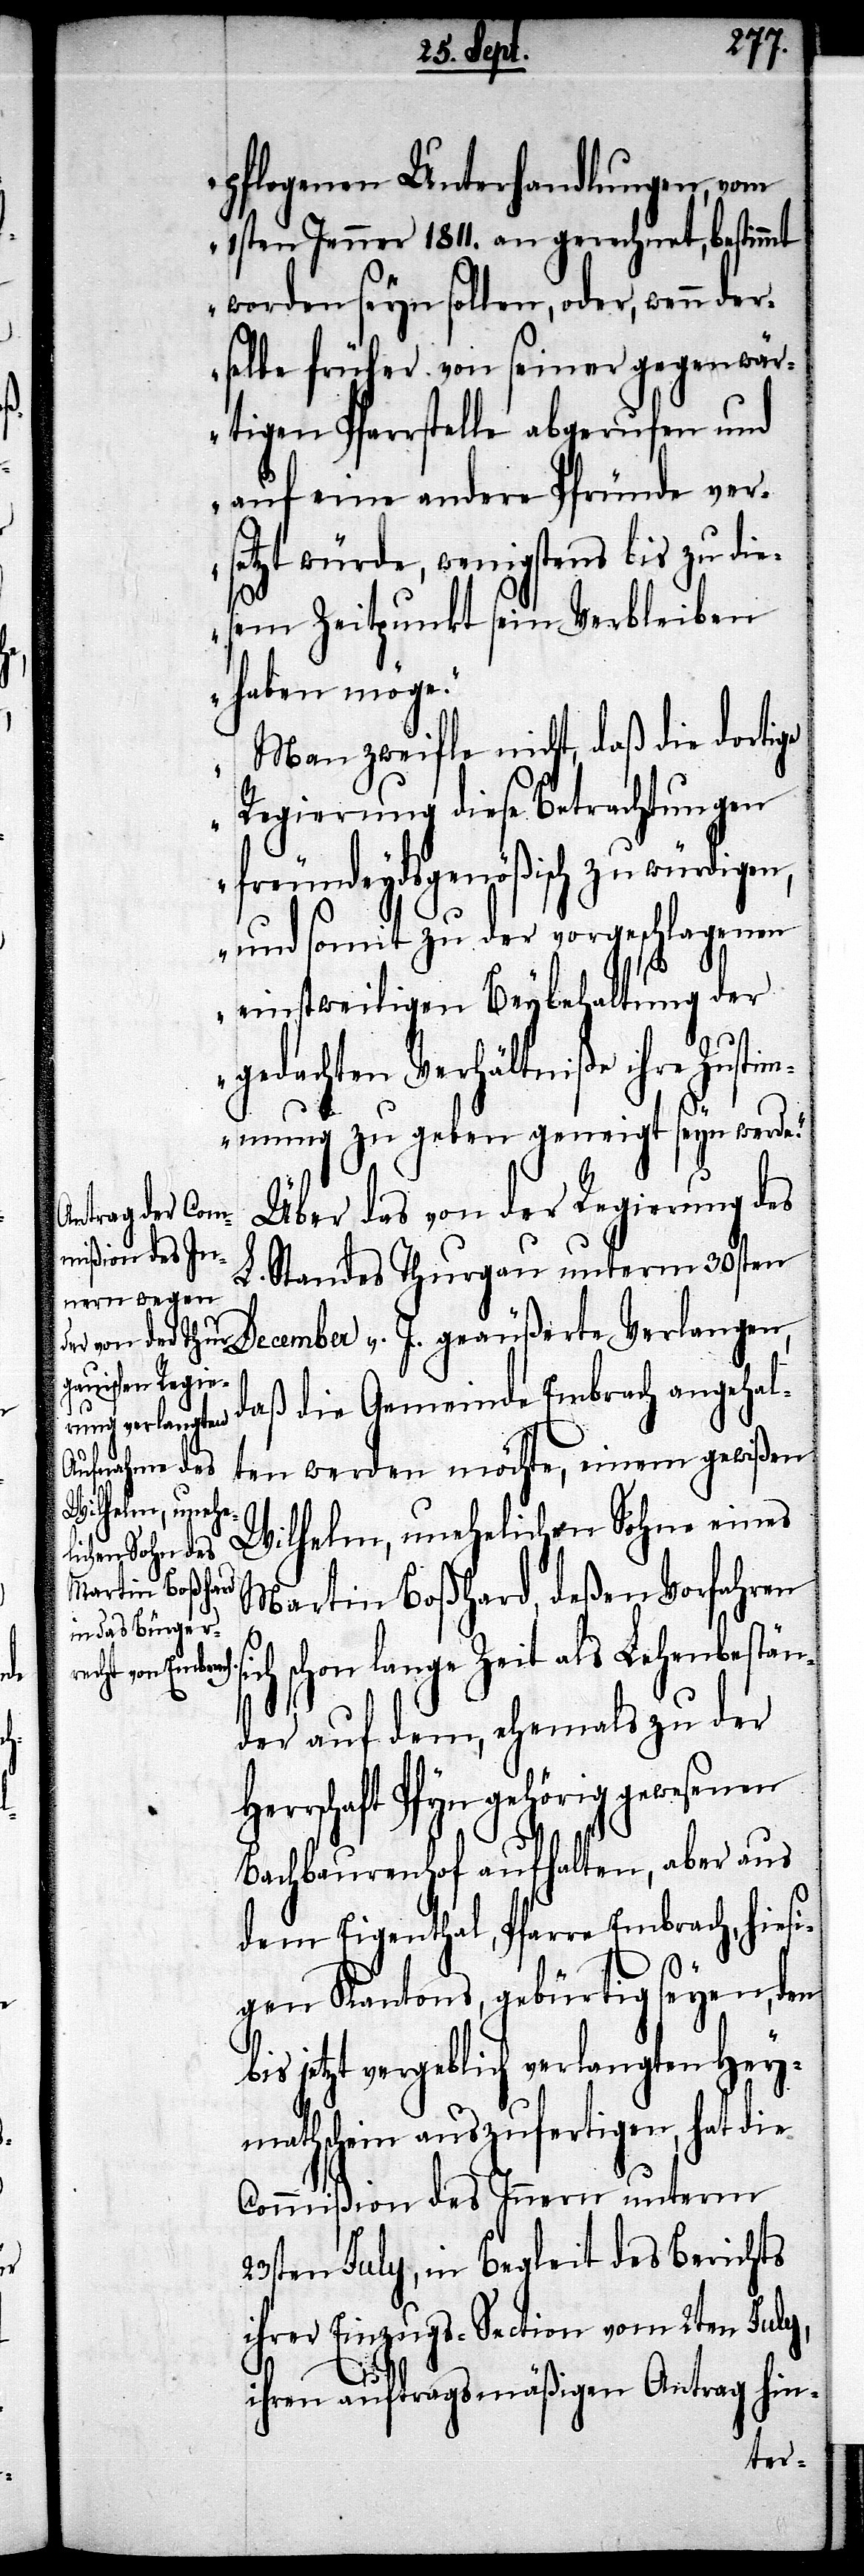
pflogenen Unterhandlungen, vom
1sten Jenner 1811. an gerechnet, bestimmt
worden seyn sollen, oder, wenn der¬
selbe früher von seiner gegenwär¬
tigen Pfarrstelle abgerufen und
auf eine andere Pfründe vers¬
etzt würde, wenigstens bis zu die¬
sem Zeitpunkt sein Verbleiben
haben möge.
Man zweifle nicht, daß die dortige
Regierung diese Betrachtungen
freundeydsgenößisch zu würdigen,
und somit zu der vorgeschlagenen
einstweiligen Beybehaltung der
gedachten Verhältniße ihre Zustim¬
mung zu geben geneigt seyn werde.“
Über das von der Regierung des
L. Standes Thurgau unterm 30sten
December v. J. geäußerte Verlangen,
daß die Gemeinde Embrach angehal¬
ten werden möchte, einem gewißen
Wilhelm, unehelichen Sohne eines
Martin Boßhard, deßen Vorfahren
s¬
ich schon lange Zeit als Lehenbestän¬
der auf dem, ehemals zu der
rschaft Pfyn gehörig gewesenen
Bachbaurenhof aufhalten, aber aus
dem Eigenthal, Pfarre Embrach, hiesi¬
gen Kantons, gebürtig seyen, den
bis jetzt vergeblich verlangten Hey¬
mathschein auszufertigen, hat die
Commißion des Innern unterm
23sten July, in Begleit des Berichts
ihrer Einzugs-Section vom 2ten July,
ihren auftragsmäßigen Antrag hin-
Her¬